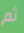
ثم